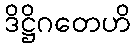
ဒိဋ္ဌိဂတေဟိ